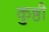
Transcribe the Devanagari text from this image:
कुष्ठी